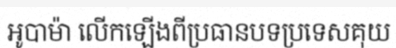
អូបាម៉ា លើកឡើងពីប្រធានបទប្រទេសគុយ